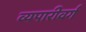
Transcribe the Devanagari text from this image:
व्यपारीवर्ग